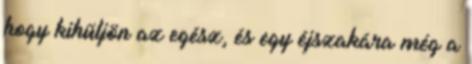
hogy kihűljön az egész, és egy éjszakára még a